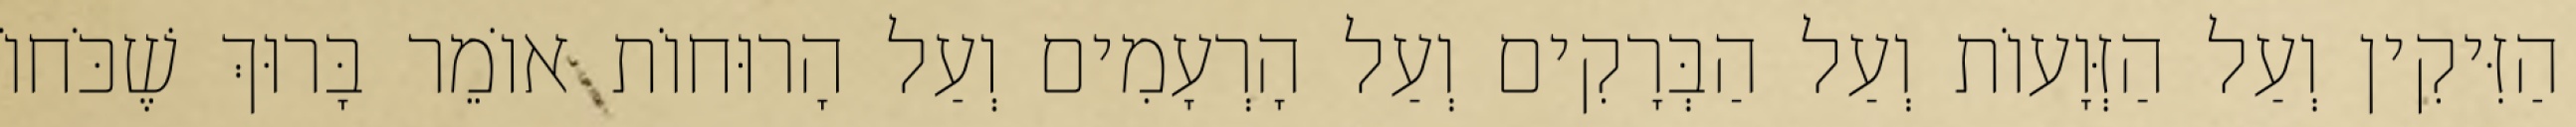
הַזִּיקִין וְעַל הַזְּוָעוֹת וְעַל הַבְּרָקִים וְעַל הָרְעָמִים וְעַל הָרוּחוֹת אוֹמֵר בָּרוּךְ שֶׁכֹּחוֹ